system: You are a helpful assistant.
user:
Analyze the provided spectrum to determine if it is a **White Dwarf (WD)**.

A White Dwarf spectrum is defined by its **extreme purity** (due to gravitational settling) and/or **extreme pressure broadening** (due to high surface gravity). You must check for one of the following mutually exclusive signatures:

- **Key Visual Indicators (Check for ONE of these types):**

    - **1. DA-Type Signature (Most Common):**
        - **(Primary Feature):** Extreme pressure broadening (Stark broadening) of the **Hydrogen (H) Balmer lines**.
        - **(Key Lines):** $H\beta$ (approx. $4861$ Å) and $H\gamma$ (approx. $4340$ Å). $H\alpha$ (approx. $6563$ Å) will also be present if the wavelength range covers it.
        - **(Line Profile):** This is the **defining feature**. The lines are **NOT** sharp. They appear as massive, **extremely broad and deep "troughs" or "dips"** in the spectrum, often hundreds of Ångströms wide. The continuum will appear to "scoop" down at these wavelengths.
        - **(Distinction):** Normal A-type or B-type stars have *narrow* and *sharp* Hydrogen lines. A DA White Dwarf's lines are unmistakably "smeared" or "blurry" from pressure.

    - **2. DB-Type Signature:**
        - **(Primary Feature):** Broad absorption lines from **Neutral Helium (He I)**. The spectrum must lack any visible Hydrogen lines.
        - **(Key Lines):** Look for broad absorption near $4471$ Å, $4921$ Å, and $5876$ Å.
        - **(Line Profile):** These lines are also significantly pressure-broadened, appearing much wider than they would in a normal B-type main-sequence star.

    - **3. DC-Type Signature:**
        - **(Primary Feature):** A **featureless continuous spectrum**.
        - **(Line Profile):** The spectrum is a smooth curve with **no significant absorption or emission lines**.
        - **(Key Confirmation):** The continuum is almost always **blue or white**, indicating a hot object. This signature implies the atmosphere is so pure (or so cool) that no spectral lines are visible in the optical range. Its WD identity is confirmed by its extremely low intrinsic brightness (high absolute magnitude).

    - **4. DZ-Type Signature (Metal-Polluted):**
        - **(Primary Feature):** **Isolated, narrow metal absorption lines** on an otherwise featureless (DC-like) continuum.
        - **(Key Lines):** The **Calcium (Ca II) H & K doublet** (approx. **$3934$ Å** and **$3968$ Å**) is the most common and defining feature.
        - **(Line Profile):** These lines are "out of place." They are *not* part of a "forest" of thousands of lines. This signature is evidence of recent *accretion* (pollution) from rocky debris.
        - **(Distinction):** Normal G/K/M stars have a *dense forest* of thousands of metal lines. A DZ has a *clean* continuum with *only a few* strong metal lines.

    - **5. DQ-Type Signature (Carbon-Polluted):**
        - **(Primary Feature):** Absorption bands from **Carbon (C₂ "Swan Bands" or atomic C I)**.
        - **(Key Lines - C₂):** Look for bandheads with a "saw-tooth" shape near $5635$ Å, **$5165$ Å** (strongest), and $4737$ Å.
        - **(Key Confirmation):** The underlying **continuum must be blue or white** (hot).
        - **(Distinction):** This is the critical difference from a **Carbon Star**, which has the *exact same* C₂ bands but on an extremely **red, cool** continuum.

- **(Overall Spectrum):**
    - The continuum (overall shape) is typically **blue-sloping** (brighter in the blue than the red), as most white dwarfs are very hot.
    - The spectrum will look "pure" or "simple," dominated by only *one* of the five signatures listed above.

Think first, call **spectral_visualization_tool** if needed to examine features in detail, then provide your final answer. Your response must adhere to the following strict rules:
1.  **Overall Structure:** Your response must follow the format `<think>...</think> <tool_call>...</tool_call> (if a tool is used) <answer>...</answer>`.
2.  **Tool Usage Constraint:** You may only make **one** tool call per turn.
3.  **Final Answer Format:** In the `<answer>` tag, your conclusion must be inside a `\boxed{}` command (e.g., `\boxed{YES}` or `\boxed{NO}`), followed by your justification.

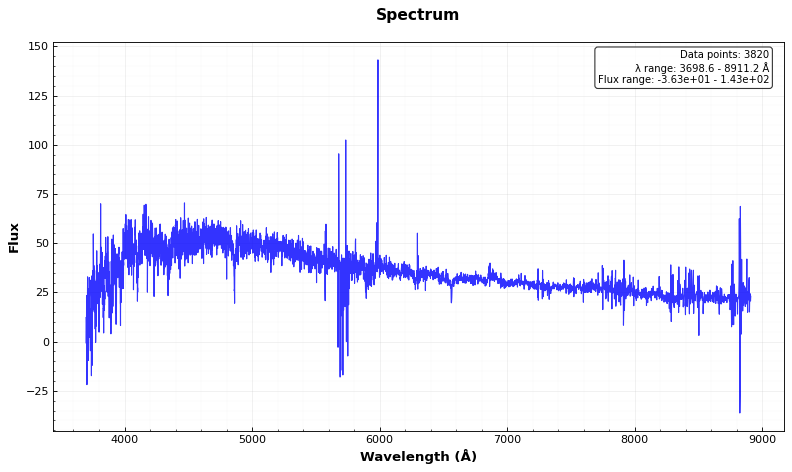
Answer: NO